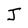
Character: J